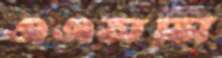
এএসসি